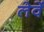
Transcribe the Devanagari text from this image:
लेवें